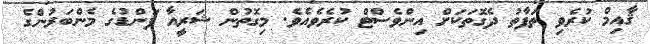
ޤާއިމް ކުރެވި ތަފާތު ދެގޮތަކަށް އިންވެސްޓް ކުރެވެއެވެ. މިގޮތުން ޝަރީއާ ފަންޑުގެ މެންބަރުންގެ